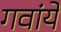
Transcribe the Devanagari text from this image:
गवांये